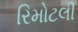
રિમોટલી